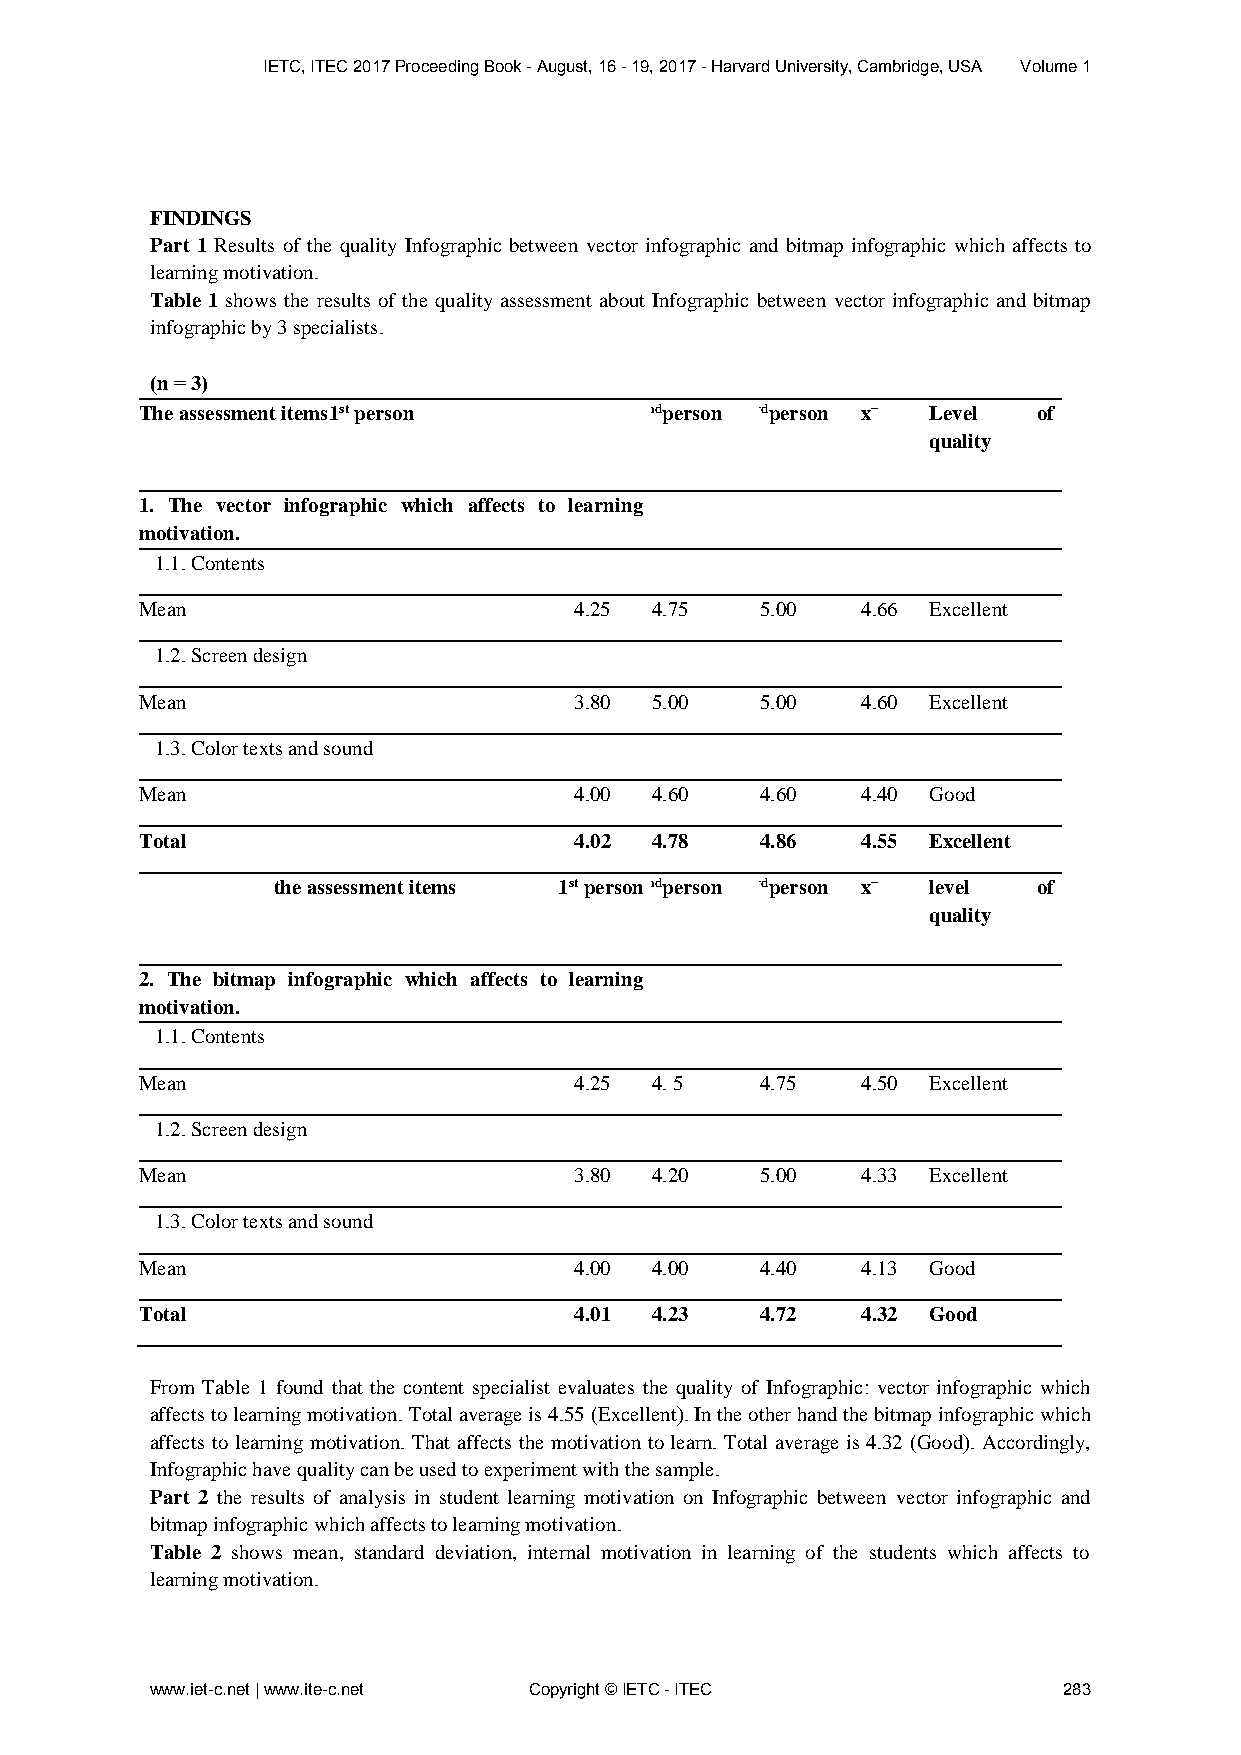
IETC, ITEC 2017 Proceeding Book - August, 16 - 19, 2017 - Harvard University, Cambridge, USA Volume 1
 FINDINGS
 Part 1 Results of the quality Infographic between vector infographic and bitmap infographic which affects to
 learning motivation.
 Table 1 shows the results of the quality assessment about Infographic between vector infographic and bitmap
 infographic by 3 specialists.
 (n = 3)
 The assessment items1st person   2ndperson 3rdperson xˉ Level of
 quality
 1. The vector infographic which affects to learning
 motivation.
 1.1. Contents
 Mean                         4.25 4.75   5.00   4.66 Excellent
 1.2. Screen design
 Mean                         3.80 5.00   5.00   4.60 Excellent
 1.3. Color texts and sound
 Mean                         4.00 4.60   4.60   4.40 Good
 Total                        4.02 4.78   4.86   4.55 Excellent
 the assessment items 1st person2 ndperson 3rdperson xˉ level of
 quality
 2. The bitmap infographic which affects to learning
 motivation.
 1.1. Contents
 Mean                         4.25 4. 5   4.75   4.50 Excellent
 1.2. Screen design
 Mean                         3.80 4.20   5.00   4.33 Excellent
 1.3. Color texts and sound
 Mean                         4.00 4.00   4.40   4.13 Good
 Total                        4.01 4.23   4.72   4.32 Good
 From Table 1 found that the content specialist evaluates the quality of Infographic: vector infographic which
 affects to learning motivation. Total average is 4.55 (Excellent). In the other hand the bitmap infographic which
 affects to learning motivation. That affects the motivation to learn. Total average is 4.32 (Good). Accordingly,
 Infographic have quality can be used to experiment with the sample.
 Part 2 the results of analysis in student learning motivation on Infographic between vector infographic and
 bitmap infographic which affects to learning motivation.
 Table 2 shows mean, standard deviation, internal motivation in learning of the students which affects to
 learning motivation.
 www.iet-c.net | www.ite-c.net Copyright © IETC - ITEC       283